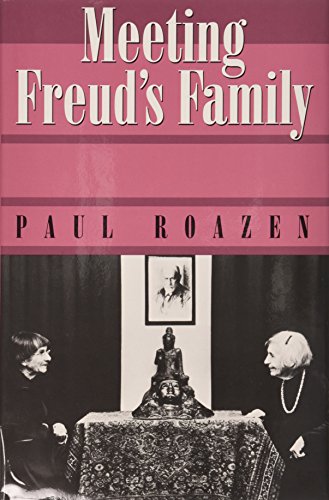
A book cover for Meeting Freud's Family; Paul Roazen; Biographies & Memoirs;